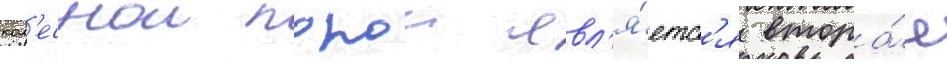
кол'еснои парои явл'я́етс'я втора́я